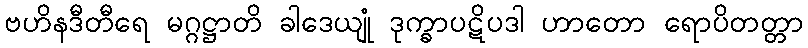
ဗဟိနဒီတီရေ မဂ္ဂဋ္ဌာတိ ခါဒေယျုံ ဒုက္ခာပဋိပဒါ ဟာတော ရောပိတတ္တာ